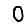
Digit: 0